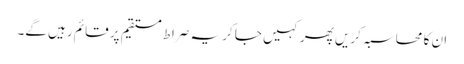
ان کا محاسبہ کریں پھر کہیں جا کر یہ صراط مستقیم پر قائم رہیں گے۔